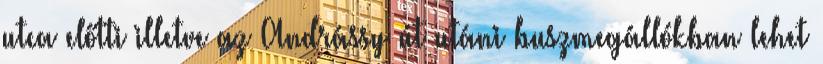
utca előtti illetve az Andrássy út utáni buszmegállókban lehet